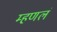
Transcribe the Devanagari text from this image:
म्हणलं